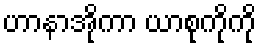
ဟာနာအိုကာ ယာစုကိုကို